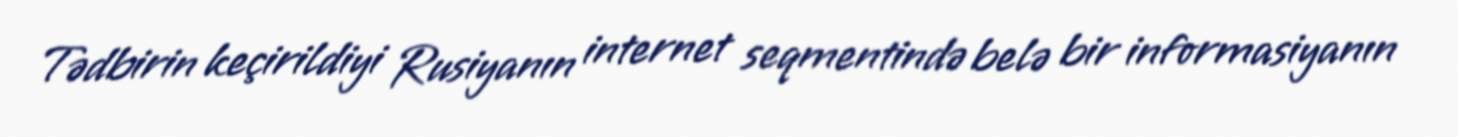
Tədbirin keçirildiyi Rusiyanın internet seqmentində belə bir informasiyanın